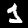
Digit: 1